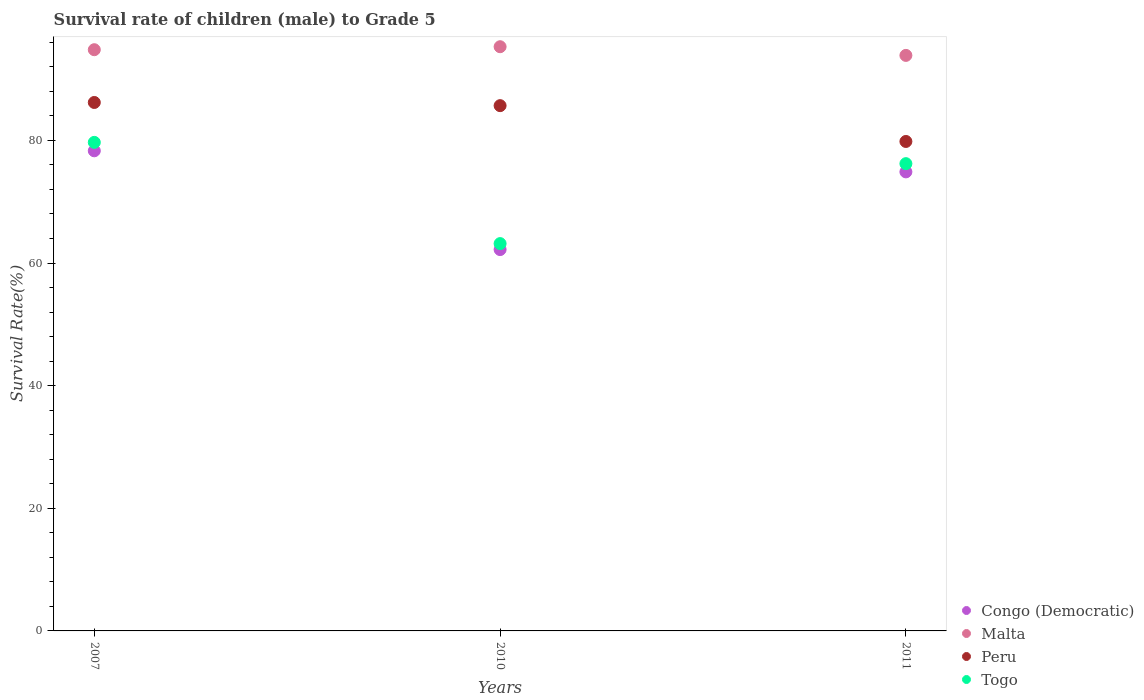
| Years | Congo (Democratic) | Malta | Peru | Togo |
 | --- | --- | --- | --- | --- |
 | 2007 | 78.3 | 94.8 | 86.2 | 79.7 |
 | 2010 | 62.2 | 95.3 | 85.7 | 63.2 |
 | 2011 | 74.9 | 93.9 | 79.8 | 76.2 |